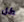
كل